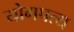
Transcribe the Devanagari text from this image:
योगपत्य